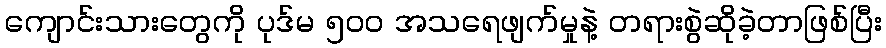
ကျောင်းသားတွေကို ပုဒ်မ ၅ဝဝ အသရေဖျက်မှုနဲ့ တရားစွဲဆိုခဲ့တာဖြစ်ပြီး